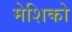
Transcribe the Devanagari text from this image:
मेशिको